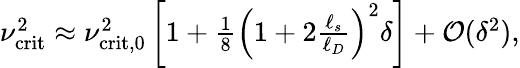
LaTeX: \begin{array}{r}{\nu_{\mathrm{crit}}^{2}\approx\nu_{\mathrm{crit,0}}^{2}\left[1+\frac{1}{8}\left(1+2\frac{\ell_{s}}{\ell_{D}}\right)^{2}\delta\right]+\mathcal{O}(\delta^{2}),}\end{array}